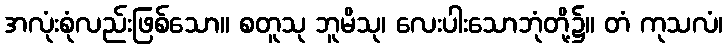
အလုံးစုံလည်းဖြစ်သော။ စတူသု ဘူမိသု၊ လေးပါးသောဘုံတို့၌။ တံ ကုသလံ၊